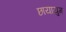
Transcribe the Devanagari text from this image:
छायायुग